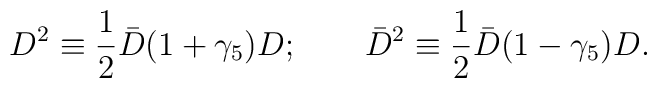
D^2 \equiv \frac{1}{2} \bar D (1+\gamma_5) D;\qquad\bar D^2 \equiv \frac{1}{2} \bar D (1-\gamma_5) D.